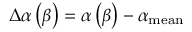
\Delta \alpha \left( \beta \right) = \alpha \left( \beta \right) - \alpha _ { \mathrm { m e a n } }